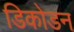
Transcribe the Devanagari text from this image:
डिकोडन